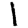
Digit: 1